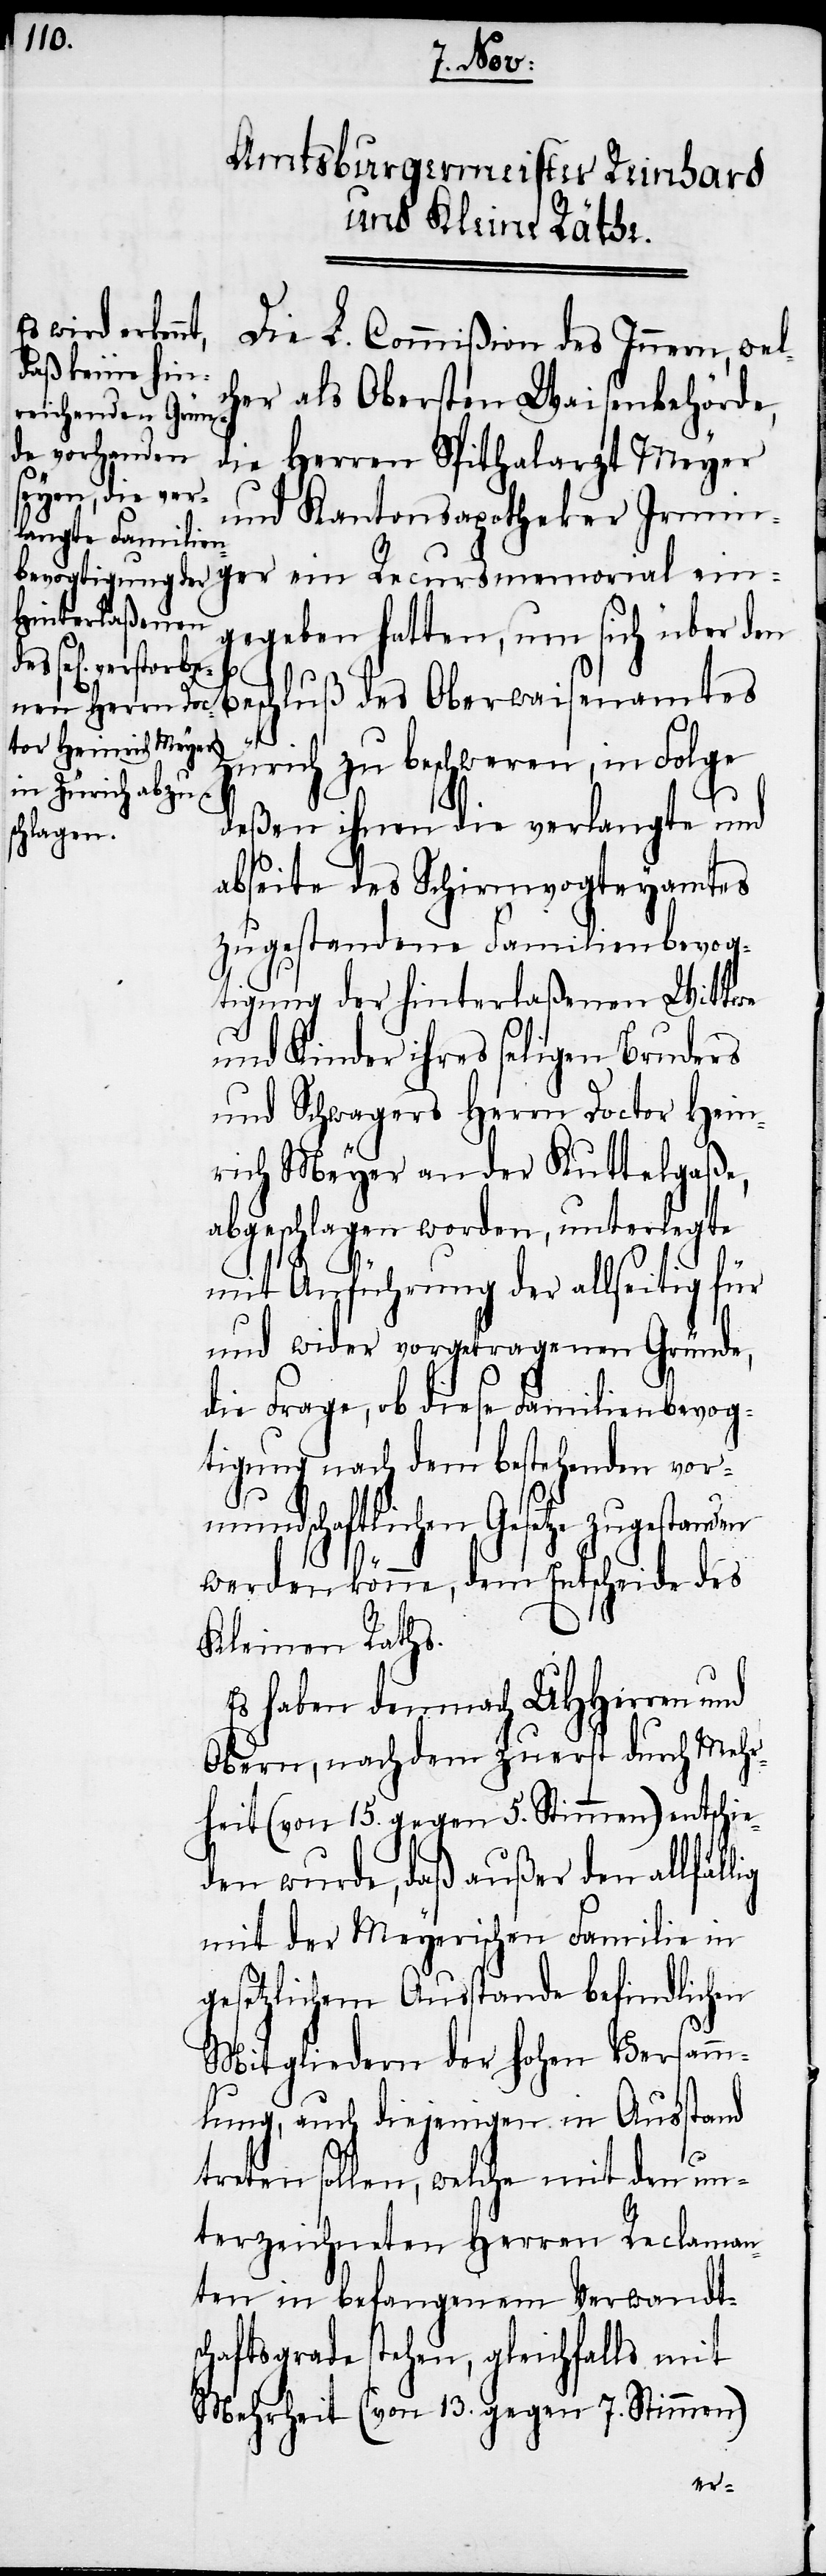
Die L. Commißion des Innern, wel¬
cher als Obersten Waisenbehörde,
die Herren Spithalarzt Meyer
und Kantonsapotheker Irmin¬
gegeben hatten, um sich über den
Beschluß des Oberwaisenamtes
Zürich zu beschweren, in Folge
deßen ihnen die verlangte und
abseite des Schirmvogteyamtes
zugestandene Familienbevog¬
tigung der hinterlaßenen Wittwe
und Kinder ihres seligen Bruders
und Schwagers Herrn Doctor Hein¬
rich Meyer an der Kuttelgaße,
abgeschlagen worden, unterlegte
lig
mit Anführung der allseitig für
und wider vorgetragenen Gründe,
die Frage, ob diese Familienbevog¬
tigung nach dem bestehenden vor¬
mundschaftlichen Gesetze zugestanden
werden könne, dem Entscheide des
Kleinen Raths.
Es haben demnach UHHerren und
Obern, nach dem zuerst durch Mehr¬
heit (von 15. gegen 5. Stimmen) entschie¬
den wurde, daß außer den allfäl¬
mit der Meyerischen Familie in
gesetzlichem Ausstande befindlichen
Mitgliedern der hohen Versamm¬
lung, auch diejenigen in Ausstand
treten sollen, welche mit den un¬
terzeichneten Herren Reclaman¬
ten in befangenem Verwandt¬
schaftsgrade stehen, gleichfalls mit
Mehrheit (von 13. gegen 7. Stimmen)
ein¬